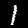
Digit: 1